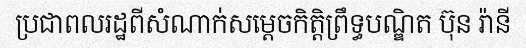
ប្រជាពលរដ្ឋពីសំណាក់សម្តេចកិត្តិព្រឹទ្ធបណ្ឌិត ប៊ុន រ៉ានី